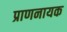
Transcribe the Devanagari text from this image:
प्राणनायक